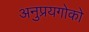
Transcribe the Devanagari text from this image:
अनुप्रयगोको